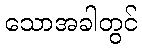
သောအခါတွင်